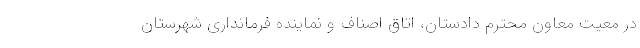
در معیت معاون محترم دادستان، اتاق اصناف و نماینده فرمانداری شهرستان